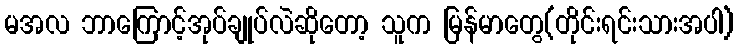
မအလ ဘာကြောင့်အုပ်ချုပ်လဲဆိုတော့ သူက မြန်မာတွေ(တိုင်းရင်းသားအပါ)